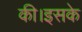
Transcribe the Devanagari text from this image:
की।इसके